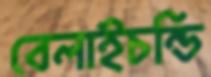
বেলাইচন্ডি